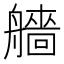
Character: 艢